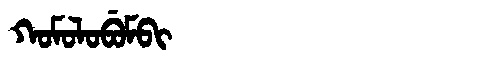
Manchu: ᡴᠣᠮᠣᠯᠣᠪᡠᠮᠪᡳ
Romanization: KOMOLOBUMBI